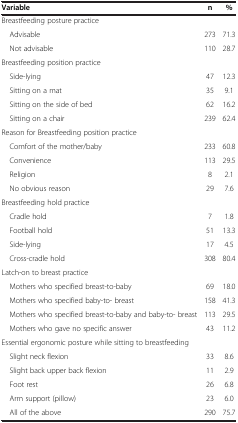
<table><thead><tr><td><b>Variable</b></td><td><b>n</b></td><td><b>%</b></td></tr></thead><tbody><tr><td colspan="3">Breastfeeding posture practice</td></tr><tr><td> Advisable</td><td>273</td><td>71.3</td></tr><tr><td> Not advisable</td><td>110</td><td>28.7</td></tr><tr><td colspan="3">Breastfeeding position practice</td></tr><tr><td> Side-lying</td><td>47</td><td>12.3</td></tr><tr><td> Sitting on a mat</td><td>35</td><td>9.1</td></tr><tr><td> Sitting on the side of bed</td><td>62</td><td>16.2</td></tr><tr><td> Sitting on a chair</td><td>239</td><td>62.4</td></tr><tr><td colspan="3">Reason for Breastfeeding position practice</td></tr><tr><td> Comfort of the mother/baby</td><td>233</td><td>60.8</td></tr><tr><td> Convenience</td><td>113</td><td>29.5</td></tr><tr><td> Religion</td><td>8</td><td>2.1</td></tr><tr><td> No obvious reason</td><td>29</td><td>7.6</td></tr><tr><td colspan="3">Breastfeeding hold practice</td></tr><tr><td> Cradle hold</td><td>7</td><td>1.8</td></tr><tr><td> Football hold</td><td>51</td><td>13.3</td></tr><tr><td> Side-lying</td><td>17</td><td>4.5</td></tr><tr><td> Cross-cradle hold</td><td>308</td><td>80.4</td></tr><tr><td colspan="3">Latch-on to breast practice</td></tr><tr><td> Mothers who specified breast-to-baby</td><td>69</td><td>18.0</td></tr><tr><td> Mothers who specified baby-to- breast</td><td>158</td><td>41.3</td></tr><tr><td> Mothers who specified breast-to-baby and baby-to- breast</td><td>113</td><td>29.5</td></tr><tr><td> Mothers who gave no specific answer</td><td>43</td><td>11.2</td></tr><tr><td colspan="3">Essential ergonomic posture while sitting to breastfeeding</td></tr><tr><td> Slight neck flexion</td><td>33</td><td>8.6</td></tr><tr><td> Slight back upper back flexion</td><td>11</td><td>2.9</td></tr><tr><td> Foot rest</td><td>26</td><td>6.8</td></tr><tr><td> Arm support (pillow)</td><td>23</td><td>6.0</td></tr><tr><td> All of the above</td><td>290</td><td>75.7</td></tr></tbody></table>